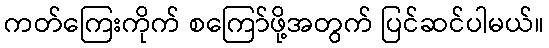
ကတ်ကြေးကိုက် စကြော်ဖို့အတွက် ပြင်ဆင်ပါမယ်။